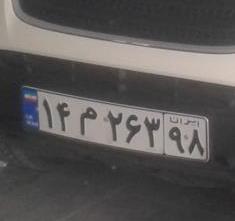
۱۴م۲۶۳۹۸